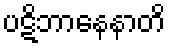
ပဋိဘာနေနာတိ